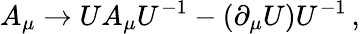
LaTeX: A_{\mu}\rightarrow UA_{\mu}U^{-1}-(\partial_{\mu}U)U^{-1}\, {,}